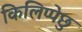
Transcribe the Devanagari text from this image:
किलिप्पेछु